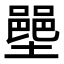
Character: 𫮳